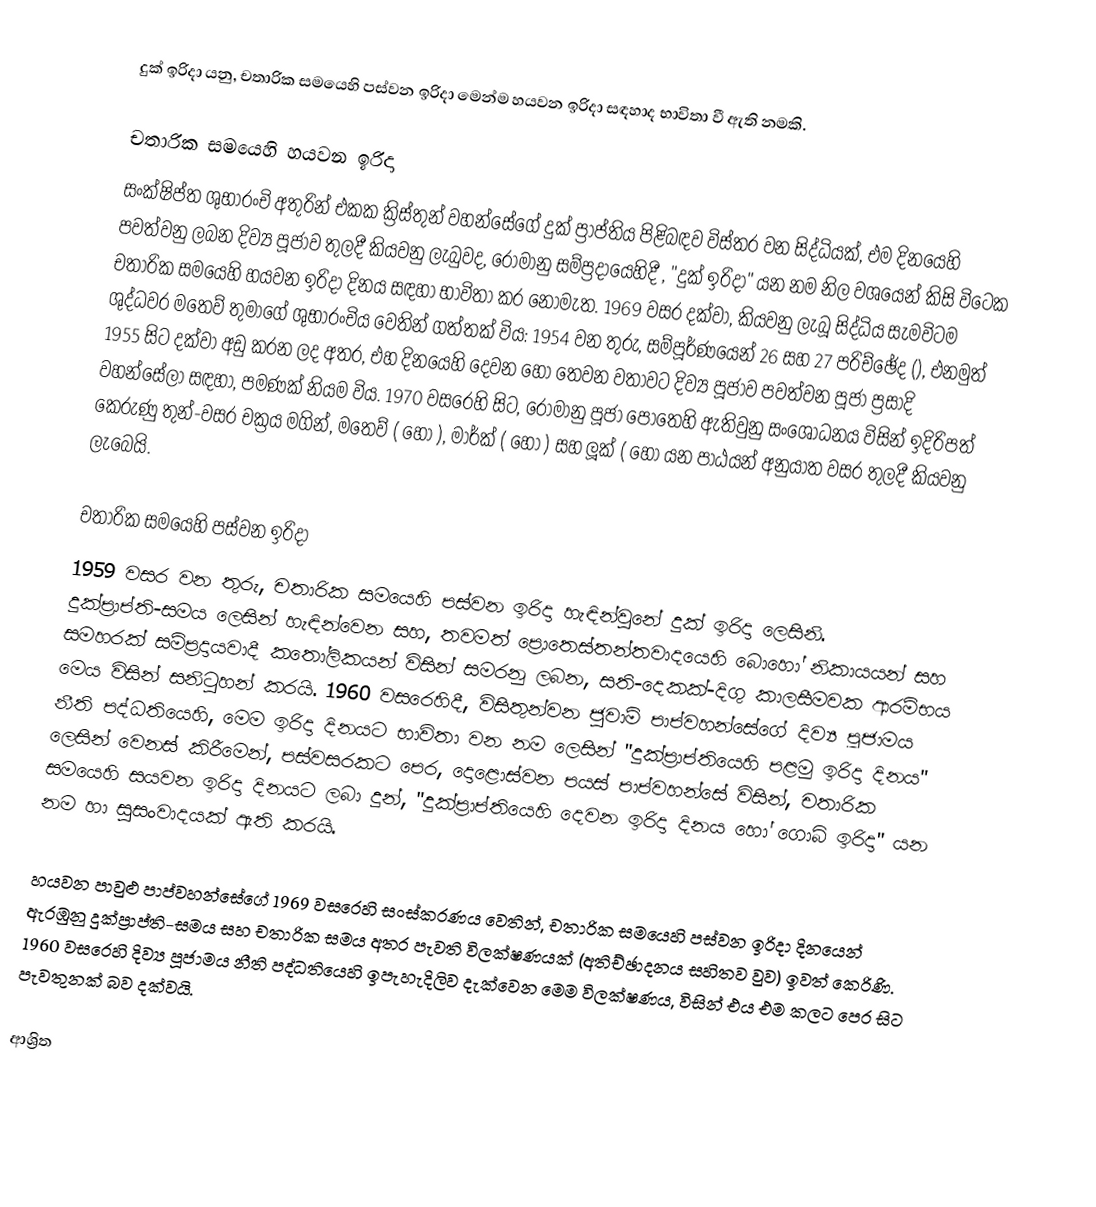
දුක් ඉරිදා යනු,  චතාරික සමයෙහි පස්වන ඉරිදා මෙන්ම හයවන ඉරිදා සඳහාද භාවිතා වී ඇති නමකි.

චතාරික සමයෙහි හයවන ඉරිදා
සංක්ෂිප්ත ශුභාරංචි අතුරින් එකක ක්‍රිස්තුන් වහන්සේගේ දුක් ප්‍රාප්තිය පිළිබඳව  විස්තර වන සිද්ධියක්, එම දිනයෙහි පවත්වනු ලබන දිව්‍ය පූජාව තුලදී කියවනු ලැබුවද,  රෝමානු සම්ප්‍රදායෙහිදී , "දුක් ඉරිදා" යන නම නිල වශයෙන් කිසි විටෙක  චතාරික සමයෙහි හයවන ඉරිදා දිනය සඳහා භාවිතා කර නොමැත. 1969 වසර දක්වා, කියවනු ලැබූ සිද්ධිය සැමවිටම  ශුද්ධවර මතෙව් තුමාගේ ශුභාරංචිය වෙතින් ගත්තක් විය: 1954 වන තුරු, සම්පූර්ණයෙන් 26 සහ 27 පරිච්ඡේද (), එනමුත්  1955 සිට  දක්වා අඩු කරන ලද අතර, එහ දිනයෙහි දෙවන හෝ තෙවන වතාවට දිව්‍ය පූජාව පවත්වන පූජා ප්‍රසාදි වහන්සේලා සඳහා,  පමණක් නියම විය. 1970 වසරෙහි සිට, රෝමානු පූජා පොතෙහි ඇතිවුනු සංශෝධනය විසින් ඉදිරිපත් කෙරුණු තුන්-වසර චක්‍රය මගින්,  මතෙව් ( හෝ ), මාර්ක් ( හෝ ) සහ ලූක් ( හෝ  යන පාඨයන් අනුයාත වසර තුලදී කියවනු ලැබෙයි.

චතාරික සමයෙහි පස්වන ඉරිදා
1959 වසර වන තුරු, චතාරික සමයෙහි පස්වන ඉරිදා හැඳින්වුනේ දුක් ඉරිදා ලෙසිනි. දුක්ප්‍රාප්ති-සමය ලෙසින් හැඳින්වෙන සහ, තවමත්  ප්‍රොතෙස්තන්තවාදයෙහි බොහෝ  නිකායයන් සහ සමහරක්    සම්ප්‍රදායවාදී කතෝලිකයන් විසින් සමරනු ලබන,  සති-දෙකක්-දිගු කාලසීමවක ආරම්භය මෙය විසින් සනිටුහන් කරයි. 1960 වසරෙහිදී,  විසිතුන්වන ජුවාම් පාප්වහන්සේගේ   දිව්‍ය පූජාමය නීති පද්ධතියෙහි, මෙම ඉරිදා දිනයට භාවිතා වන නම ලෙසින් "දුක්ප්‍රාප්තියෙහි පළමු ඉරිදා දිනය" ලෙසින් වෙනස් කිරීමෙන්, පස්වසරකට පෙර, දොළොස්වන පයස් පාප්වහන්සේ විසින්, චතාරික සමයෙහි සයවන ඉරිදා දිනයට ලබා දුන්, "දුක්ප්‍රාප්තියෙහි දෙවන ඉරිදා දිනය හෝ ගොබ් ඉරිදා" යන නම හා සුසංවාදයක් ඇති කරයි.

 හයවන පාවුළු පාප්වහන්සේගේ 1969 වසරෙහි සංස්කරණය වෙතින්, චතාරික සමයෙහි පස්වන ඉරිදා දිනයෙන් ඇරඹුනු  දුක්ප්‍රාප්ති-සමය සහ චතාරික සමය අතර පැවති විලක්ෂණයක් (අතිච්ඡාදනය සහිතව වුව) ඉවත් කෙරිණි. 1960 වසරෙහි දිව්‍ය පූජාමය නීති පද්ධතියෙහි ඉපැහැදිලිව දැක්වෙන මෙම විලක්ෂණය, විසින් එය එම කලට පෙර සිට පැවතුනක් බව දක්වයි.

ආශ්‍රිත